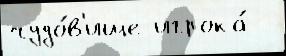
чудо́в'ище игрока́